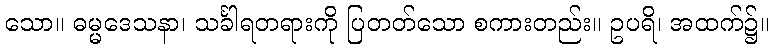
သော။ ဓမ္မဒေသနာ၊ သင်္ခါရတရားကို ပြတတ်သော စကားတည်း။ ဥပရိ၊ အထက်၌။